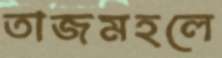
তাজমহলে